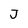
Character: J